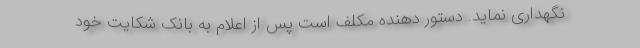
نگهداری نماید. دستور دهنده مکلف است پس از اعلام به بانک شکایت خود